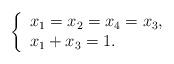
LaTeX: \begin{align*} \left\{ \begin{array}{ll} x_1=x_2=x_4=x_3,&\\ x_1+x_3=1. &\\ \end{array} \right. \end{align*}